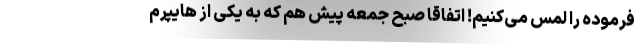
فرموده را لمس می‌کنیم! اتفاقا صبح جمعه پیش هم که به یکی از هایپرم